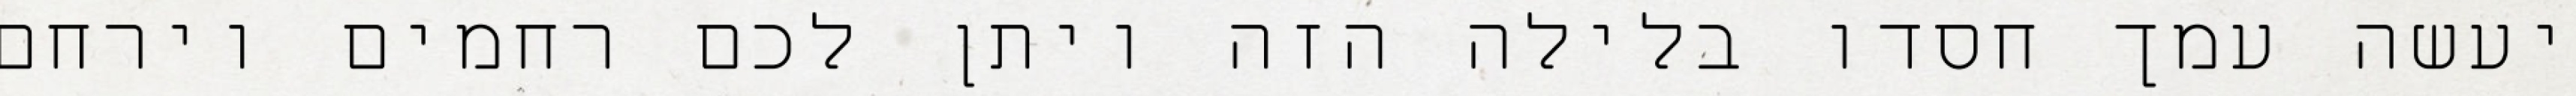
יעשה עמך חסדו בלילה הזה ויתן לכם רחמים וירחם